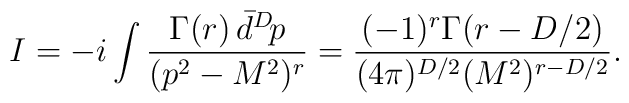
I = -i\int \frac{\Gamma(r)\,\bar{d}^D\!p}{(p^2 - M^2)^r}   = \frac{(-1)^r\Gamma(r-D/2)}{(4\pi)^{D/2}(M^2)^{r-D/2}}.